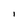
Character: i